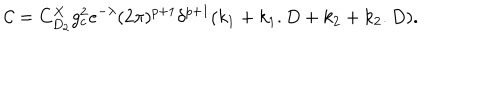
LaTeX: { \mathcal { C } } = C _ { D _ { 2 } } ^ { X } g _ { c } ^ { 2 } e ^ { - \lambda } ( 2 \pi ) ^ { p + 1 } \delta ^ { p + 1 } ( k _ { 1 } + k _ { 1 } . D + k _ { 2 } + k _ { 2 } . D ) .